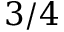
3 / 4